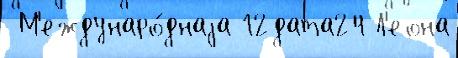
 М'еждунаро́днаjа 12дата24 Л'еона